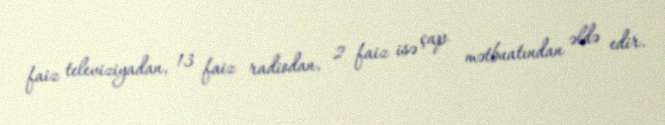
faiz televiziyadan, 13 faiz radiodan, 2 faiz isə çap mətbuatından əldə edir.